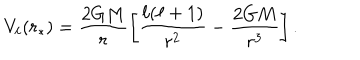
V _ { \ell } ( r _ { * } ) = \frac { 2 G M } { r } \left[ \frac { \ell ( \ell + 1 ) } { r ^ { 2 } } - \frac { 2 G M } { r ^ { 3 } } \right] .